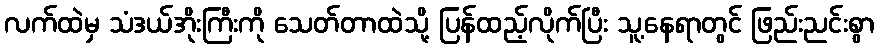
လက်ထဲမှ သံဒယ်အိုးကြီးကို သေတ်တာထဲသို့ ပြန်ထည့်လိုက်ပြီး သူ့နေရာတွင် ဖြည်းညင်းစွာ